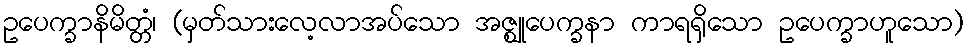
ဥပေက္ခာနိမိတ္တံ၊ (မှတ်သားလေ့လာအပ်သော အဇ္ဈုပေက္ခနာ ကာရရှိသော ဥပေက္ခာဟူသော)